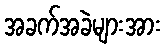
အခက်အခဲများအား